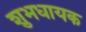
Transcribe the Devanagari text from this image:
शुभधायक